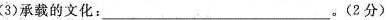
(3)承载的文化:____。(2分)